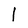
Character: 1